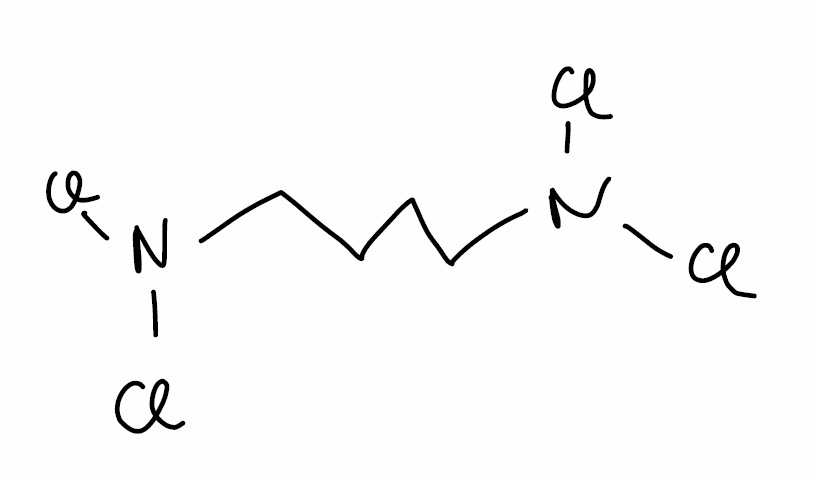
Simplified molecular-input line-entry system (SMILES) notation of the given molecule:
C(CCN(Cl)Cl)CN(Cl)Cl